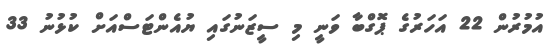
އުމުރުން 22 އަހަރުގެ ޕޮގްބާ ވަނީ މި ސީޒަނުގައި ޔުއެންޓަސްއަށް ކުޅުނު 33